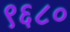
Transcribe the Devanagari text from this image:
९६८०